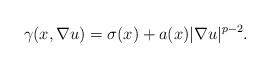
LaTeX: \begin{align*}\gamma(x,\nabla u)= \sigma(x)+a(x)|\nabla u|^{p-2}.\end{align*}